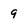
Character: 9